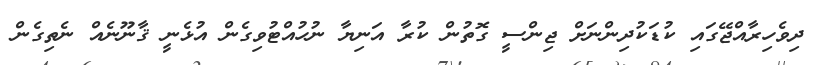
ދިވެހިރާއްޖޭގައި ކުޑަކުދިންނަށް ޖިންސީ ގޮތުން ކުރާ އަނިޔާ ނުހުއްޓުވިގެން އުޅެނީ ޤާނޫނެއް ނެތިގެން